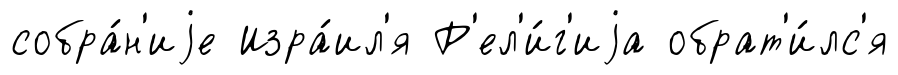
собра́н'иjе Изра́ил'я Р'ел'и́г'иjа обрат'и́лс'я